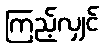
ကြည့်လျှင်